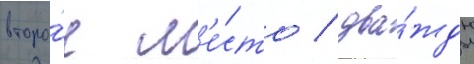
второ́е м'е́сто / два́жды